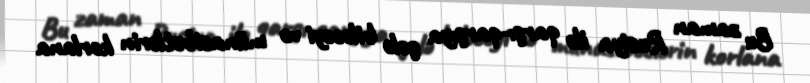
Bu zaman Rusiya ilə qarşı-qarşıya gələ biləcəyi və münasibətlərin korlana